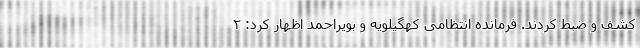
کشف و ضبط کردند. فرمانده انتظامی کهگیلویه و بویراحمد اظهار کرد: ۲